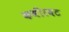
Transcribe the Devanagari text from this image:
कबीरवट